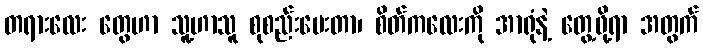
တရားလေး တွေဟာ သူ့ဟာသူ စုစည်းပေးတာ၊ စိတ်ကလေးကို အာရုံနဲ့ တွေ့ဖို့ရာ အတွက်